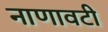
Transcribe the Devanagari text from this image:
नाणावटी